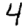
Digit: 4